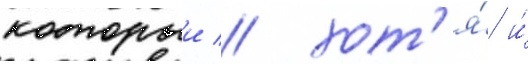
которыи / хот'я́ и́